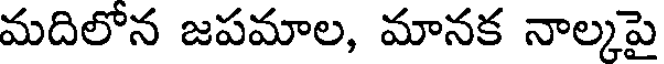
మదిలోన జపమాల, మానక నాల్కపై